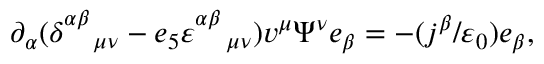
\partial _ { \alpha } ( \delta _ { \quad \mu \nu } ^ { \alpha \beta } - e _ { 5 } \varepsilon _ { \quad \mu \nu } ^ { \alpha \beta } ) v ^ { \mu } \Psi ^ { \nu } e _ { \beta } = - ( j ^ { \beta } / \varepsilon _ { 0 } ) e _ { \beta } ,